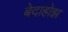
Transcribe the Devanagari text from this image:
बेदाहोझ